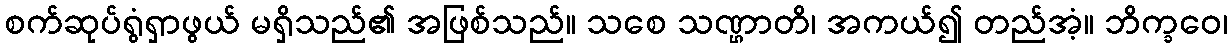
စက်ဆုပ်ရွံရှာဖွယ် မရှိသည်၏ အဖြစ်သည်။ သစေ သဏ္ဌာတိ၊ အကယ်၍ တည်အံ့။ ဘိက္ခဝေ၊